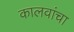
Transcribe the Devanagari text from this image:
कालवांचा